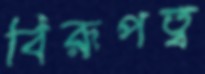
বিরূপত্ব